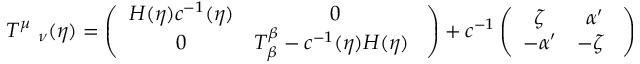
T ^ { \mu } \ _ { \nu } ( \eta ) = \left( \begin{array} { c c } { { H ( \eta ) c ^ { - 1 } ( \eta ) } } & { { 0 } } \\ { { 0 } } & { { T _ { \beta } ^ { \beta } - c ^ { - 1 } ( \eta ) H ( \eta ) \ } } \end{array} \right) + c ^ { - 1 } \left( \begin{array} { c c } { { \zeta } } & { { \alpha ^ { \prime } } } \\ { { - \alpha ^ { \prime } } } & { { - \zeta \ } } \end{array} \right)